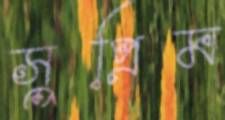
সুপ্রিম